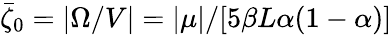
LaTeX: \bar{\zeta}_{0}=|\Omega/V|=\left|\mu\right|/[5\beta L\alpha(1-\alpha)]